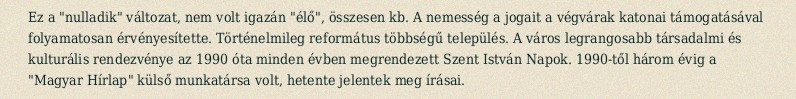
Ez a "nulladik" változat, nem volt igazán "élő", összesen kb. A nemesség a jogait a végvárak katonai támogatásával folyamatosan érvényesítette. Történelmileg református többségű település. A város legrangosabb társadalmi és kulturális rendezvénye az 1990 óta minden évben megrendezett Szent István Napok. 1990-től három évig a "Magyar Hírlap" külső munkatársa volt, hetente jelentek meg írásai.